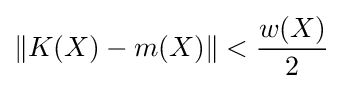
\|K(X)-m(X)\|<{\frac {w(X)}{2}}